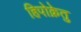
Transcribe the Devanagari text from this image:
हिपोक्रेतु